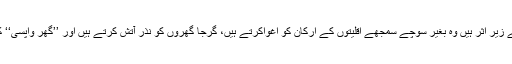
بی جے پی کے بعض اراکین جو آر ایس ایس کے زیر اثر ہیں وہ بغیر سوچے سمجھے اقلیتوں کے ارکان کو اغواکرتے ہیں، گرجا گھروں کو نذر آتش کرتے ہیں اور ’’گھر واپسی‘‘ کے نام پر اقلیتوں کو زبردستی ہندو بنا رہے ہیں۔